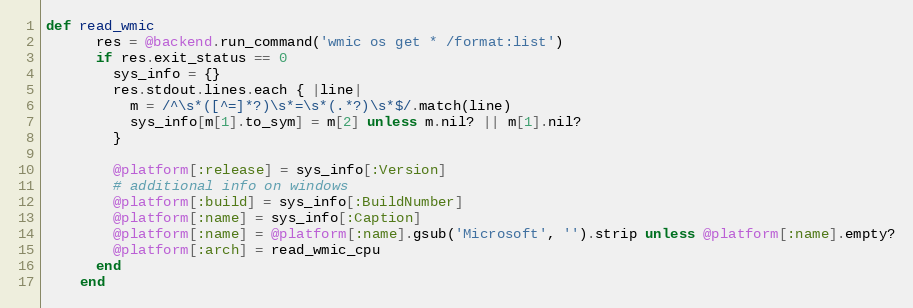
Language: Ruby
def read_wmic
      res = @backend.run_command('wmic os get * /format:list')
      if res.exit_status == 0
        sys_info = {}
        res.stdout.lines.each { |line|
          m = /^\s*([^=]*?)\s*=\s*(.*?)\s*$/.match(line)
          sys_info[m[1].to_sym] = m[2] unless m.nil? || m[1].nil?
        }

        @platform[:release] = sys_info[:Version]
        # additional info on windows
        @platform[:build] = sys_info[:BuildNumber]
        @platform[:name] = sys_info[:Caption]
        @platform[:name] = @platform[:name].gsub('Microsoft', '').strip unless @platform[:name].empty?
        @platform[:arch] = read_wmic_cpu
      end
    end